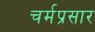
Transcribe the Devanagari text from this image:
चर्मप्रसार